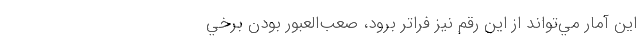
اين آمار مي‌تواند از اين رقم نيز فراتر برود، صعب‌العبور بودن برخي